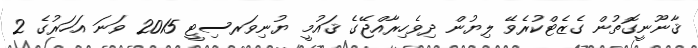
ޤާނޫނީގޮތުން ގެޒެޓްކުރެވޭ ލިޔުން ދިވެހިރާއްޖޭގެ ޤައުމީ ޔުނިވަރސިޓީ 2015 ވަނަ އަހަރުގެ 2